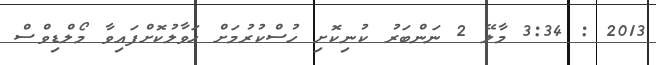
2013 : 3:34 މާލޭ 2 ނަންބަރު ކުނިކޮށި ހުސްކުރުމަށް ހަވާލުކޮށްފައިވާ މޯލްޑިވްސް